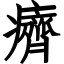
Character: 癠